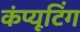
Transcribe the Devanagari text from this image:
कंप्‍यूटिंग